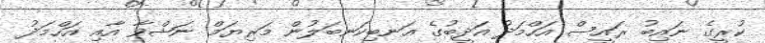
ކުރީގެ ނައިބު ރައީސް އަހްމަދު އަދީބުގެ އަނބިކަނބަލުން މަރިޔަމް ނަޝްވާ އާއި އަހްމަދު